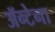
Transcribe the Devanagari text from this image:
ॲन्टेना